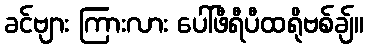
ခင်ဗျား ကြားလား ပေါ်ဖီရီပီထရိုဗစ်ချ်။